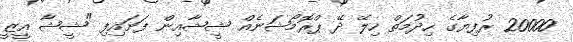
20000 ރުފިޔާގެ ހިދުމަތް ހިލޭ ދޭ ޕްރޮމޯޝަނެއް ޝީޝާއިން ފަށައިފި "ޝީޝާ އީޒީ